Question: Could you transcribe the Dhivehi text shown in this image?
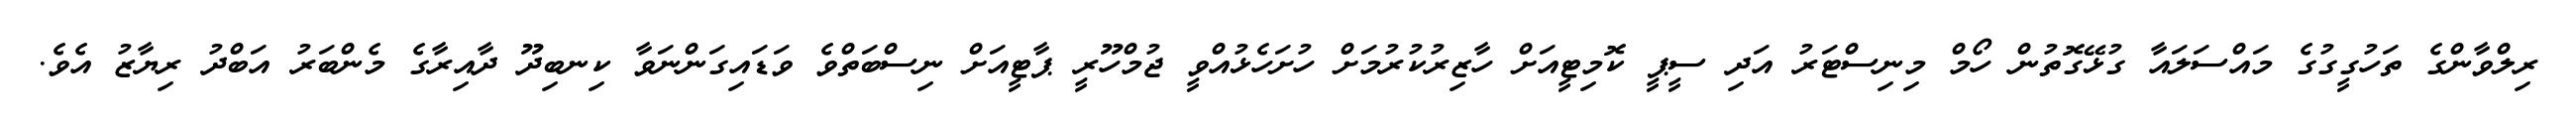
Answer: ރިލްވާންގެ ތަހުގީގުގެ މައްސަލައާ ގުޅޭގޮތުން ހޯމް މިނިސްޓަރު އަދި ސީޕީ ކޮމިޓީއަށް ހާޒިރުކުރުމަށް ހުށަހެޅުއްވީ ޖުމްހޫރީ ޕާޓީއަށް ނިސްބަތްވެ ވަޑައިގަންނަވާ ކިނބިދޫ ދާއިރާގެ މެންބަރު އަބްދު ރިޔާޒު އެވެ.